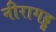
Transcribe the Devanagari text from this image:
नीरागड्डू